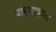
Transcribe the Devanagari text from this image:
पारगावला